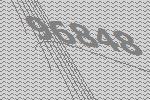
96848